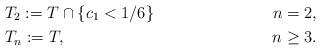
LaTeX: \begin{align*} & T_2 := T \cap \{ c_1 < 1/6 \} & \; n=2, \\ & T_n := T, &\; n\ge3.\end{align*}